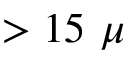
> 1 5 ~ \mu